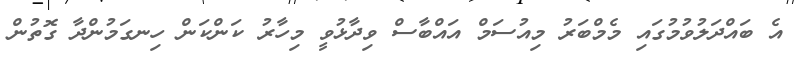
އެ ބައްދަލުވުމުގައި މެމްބަރު މިއުސަމް އައްބާސް ވިދާޅުވީ މިހާރު ކަންކަން ހިނގަމުންދާ ގޮތުން